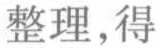
整理, 得